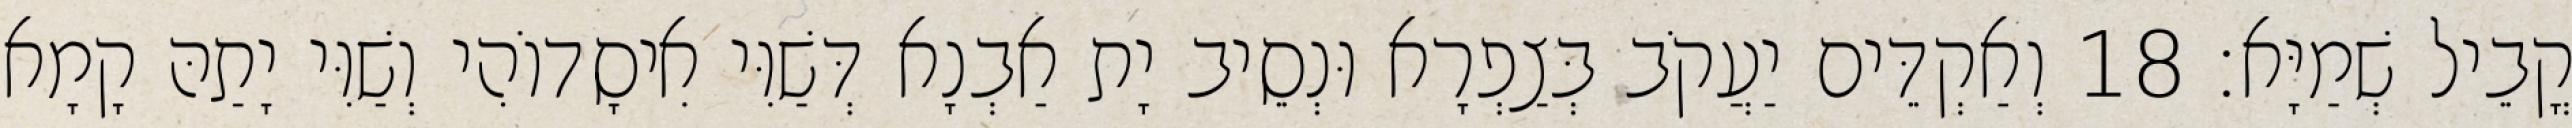
קֳבֵיל שְׁמַיָּא׃ 18 וְאַקְדֵּים יַעֲקֹב בְּצַפְרָא וּנְסֵיב יָת אַבְנָא דְּשַׁוִּי אִיסָדוֹהִי וְשַׁוִּי יָתַהּ קָמָא